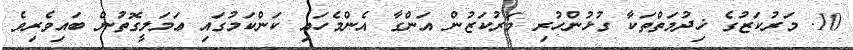
10. މަރުކަޒުގެ ޚިދުމަތްތަކާ ގުޅުންހުރި މަރުކަޒުން އަންގާ އެންމެހައި ކަންކަމުގައި ޢަމަލީގޮތުން ބައިވެރިވެ